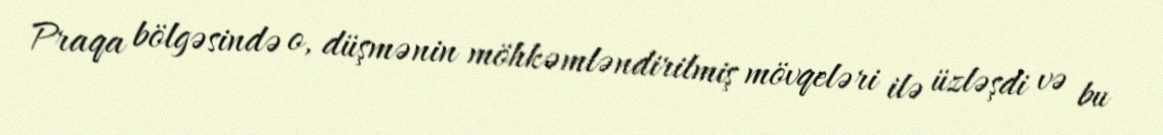
Praqa bölgəsində o, düşmənin möhkəmləndirilmiş mövqeləri ilə üzləşdi və bu